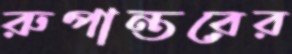
রুপান্তরের